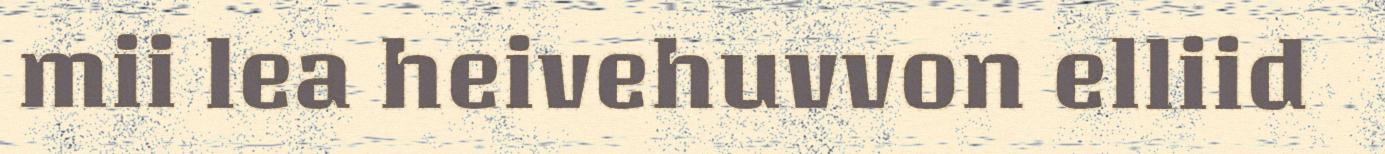
mii lea heivehuvvon elliid